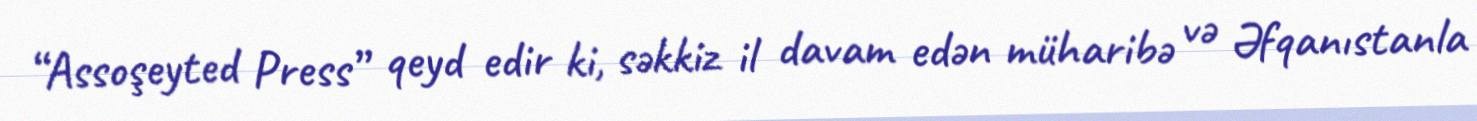
“Assoşeyted Press” qeyd edir ki, səkkiz il davam edən müharibə və Əfqanıstanla